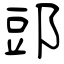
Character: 郖